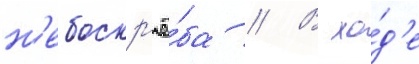
н'ебоскр'ё́ба // В хо́д'е